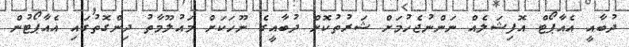
ދުބާއީ އެއާޕޯޓް އޮފިޝަލެއް ނަންނުޖެހުމަށް ޝަރުތުކޮށް ދުބާއީގެ ނޫހަކަށް މައުލޫމާތު ދިންގޮތުގައި އެއާޕޯޓުން